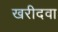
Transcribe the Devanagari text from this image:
खरीदवा